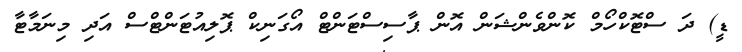
ޑީ) ދަ ސްޓޮކްހޯމް ކޮންވެންޝަން އޮން ޕާސިސްޓަންޓް އޯގަނިކް ޕޮލިއުޓަންޓްސް އަދި މިނަމާޓާ